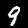
Label: 9